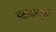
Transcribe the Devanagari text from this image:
हताशापूर्ण